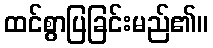
ထင်စွာပြခြင်းမည်၏။